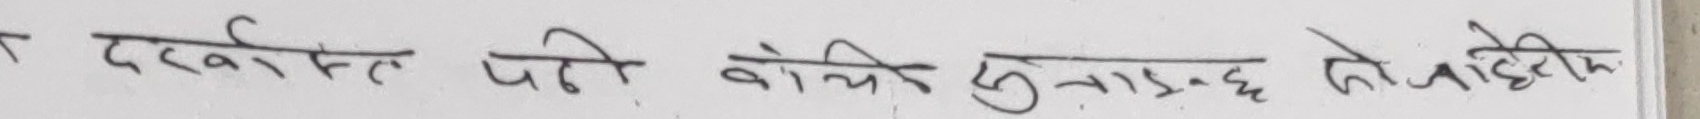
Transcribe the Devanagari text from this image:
त दरखास्त पनि बोझी हुनाछ को बाहेक